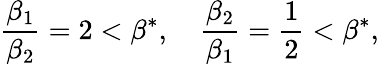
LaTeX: \frac{\beta_{1}}{\beta_{2}}=2<\beta^{*},\quad\frac{\beta_{2}}{\beta_{1}}=\frac{1}{2}<\beta^{*},